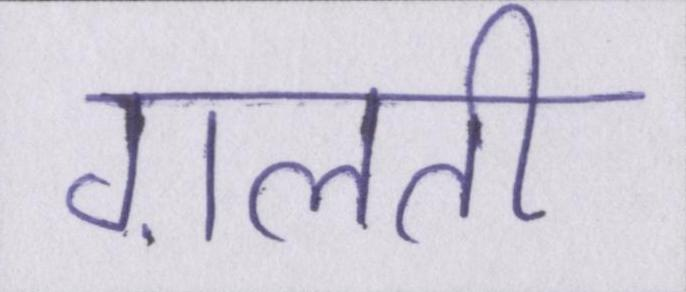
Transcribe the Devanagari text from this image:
ग़लती